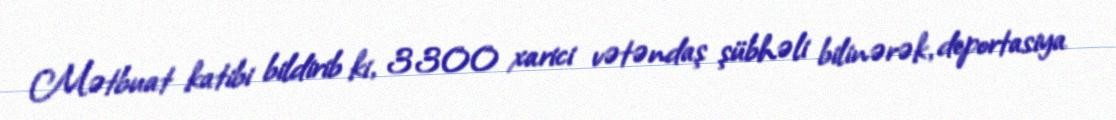
Mətbuat katibi bildirib ki, 3300 xarici vətəndaş şübhəli bilinərək, deportasiya